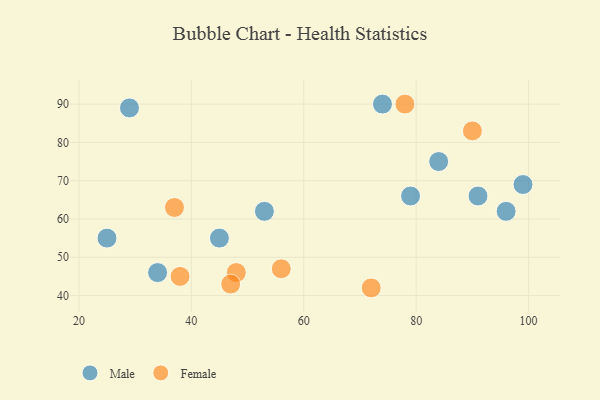
{"axis": {"x": "GDP", "y": "Life Expectancy"}, "legend": ["Female", "Male"], "data": [{"x": "53", "y": 62, "type": "Male"}, {"x": "74", "y": 90, "type": "Male"}, {"x": "45", "y": 55, "type": "Male"}, {"x": "79", "y": 66, "type": "Male"}, {"x": "25", "y": 55, "type": "Male"}, {"x": "99", "y": 69, "type": "Male"}, {"x": "91", "y": 66, "type": "Male"}, {"x": "29", "y": 89, "type": "Male"}, {"x": "96", "y": 62, "type": "Male"}, {"x": "34", "y": 46, "type": "Male"}, {"x": "84", "y": 75, "type": "Male"}, {"x": "56", "y": 47, "type": "Female"}, {"x": "37", "y": 63, "type": "Female"}, {"x": "48", "y": 46, "type": "Female"}, {"x": "47", "y": 43, "type": "Female"}, {"x": "90", "y": 83, "type": "Female"}, {"x": "38", "y": 45, "type": "Female"}, {"x": "78", "y": 90, "type": "Female"}, {"x": "72", "y": 42, "type": "Female"}]}